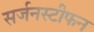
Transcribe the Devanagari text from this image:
सर्जनस्टीफन